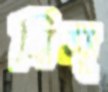
মিস্